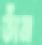
তাঁন